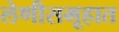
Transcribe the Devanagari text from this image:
लेणीसमूहात